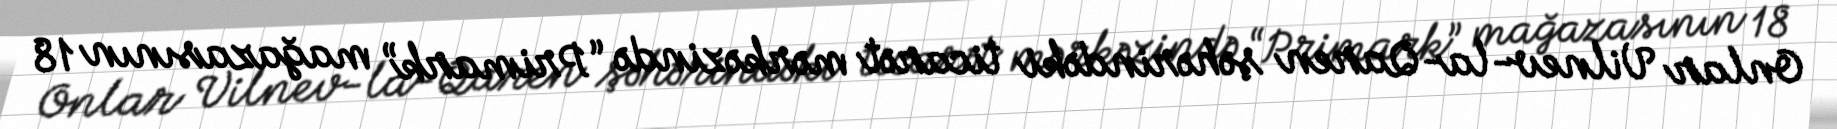
Onlar Vilnev-la-Qaren şəhərindəki ticarət mərkəzində “Primark” mağazasının 18